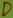
Text: D